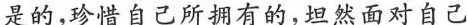
是的，珍惜自己所拥有的，坦然面对自己